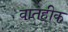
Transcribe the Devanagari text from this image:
वातहीक